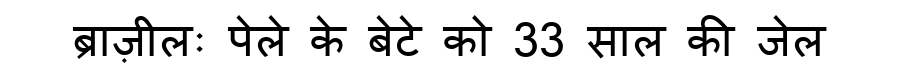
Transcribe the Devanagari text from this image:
ब्राज़ीलः पेले के बेटे को 33 साल की जेल